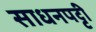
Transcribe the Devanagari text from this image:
साधनपट्टी